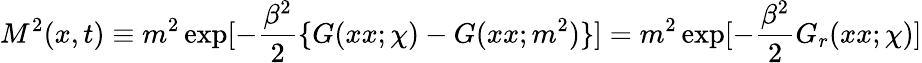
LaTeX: M^{2}(x,t)\equiv m^{2}\exp[-{\frac{\beta^{2}}{2}}\{ G(xx;\chi)-G(xx;m^{2})\} ]=m^{2}\exp[-{\frac{\beta^{2}}{2}}G_{r}(xx;\chi)]